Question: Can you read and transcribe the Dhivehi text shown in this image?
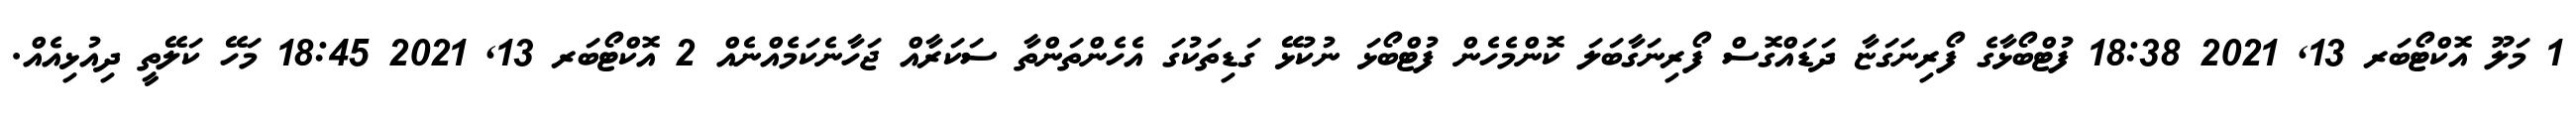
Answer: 1 މަލޫ އޮކްޓޯބަރ 13, 2021 18:38 ފުޓްބޯޅާގެ ފޯރިނަގަޏާ ދަޑައްގޮސް ފޯރިނަގާބަލަ ކޮންމެހެން ފުޓްބޯޅަ ނުކުޅޭ ގަޑިތަކުގަ އެހެންތަންތާ ސަކަރާއް ޖަހާނެކަމެއްނެއް 2 އޮކްޓޯބަރ 13, 2021 18:45 މަހޭ ކަލޭތީ ދިއުޅިއެއް.